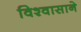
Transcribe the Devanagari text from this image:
विश्‍वासाने